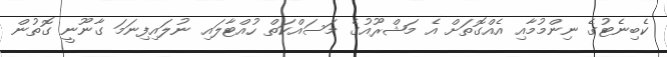
ކެބިނެޓުގެ ނިންމުމާއި އެއްގޮތަށް އެ މަޝްރޫއުގެ މަސައްކަތް ހުއްޓާލައި ނުލައިފިނަމަ ގާނޫނީ ގޮތުން